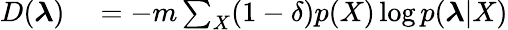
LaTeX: \begin{array}{rl}{D(\boldsymbol{\lambda})}&{{}=-m\sum_{X}(1-\delta)p(X)\log p(\boldsymbol{\lambda}|X)}\end{array}